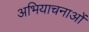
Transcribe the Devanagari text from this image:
अभियाचनाओं